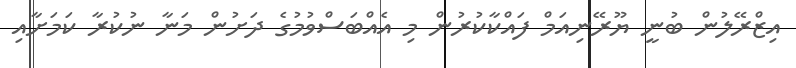
އިޒްރޭލުން ބުނީ ޔޫރޭނިއަމް ފައްކާކުރުން މި އެއްބަސްވުމުގެ ދަށުން މަނާ ނުކުރާ ކަމަށާއި